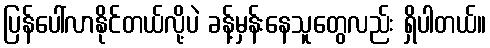
ပြန်ပေါ်လာနိုင်တယ်လို့ပဲ ခန့်မှန်းနေသူတွေလည်း ရှိပါတယ်။